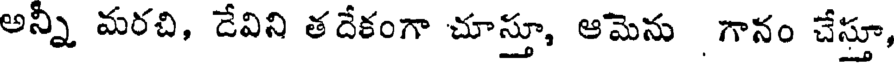
అన్నీ మరచి, డేవిని తదేకంగా చూస్తూ, ఆమెను గానం చేస్తూ,